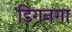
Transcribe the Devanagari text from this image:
डिगनगा